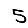
Digit: 5